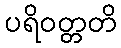
ပရိဝတ္တတိ